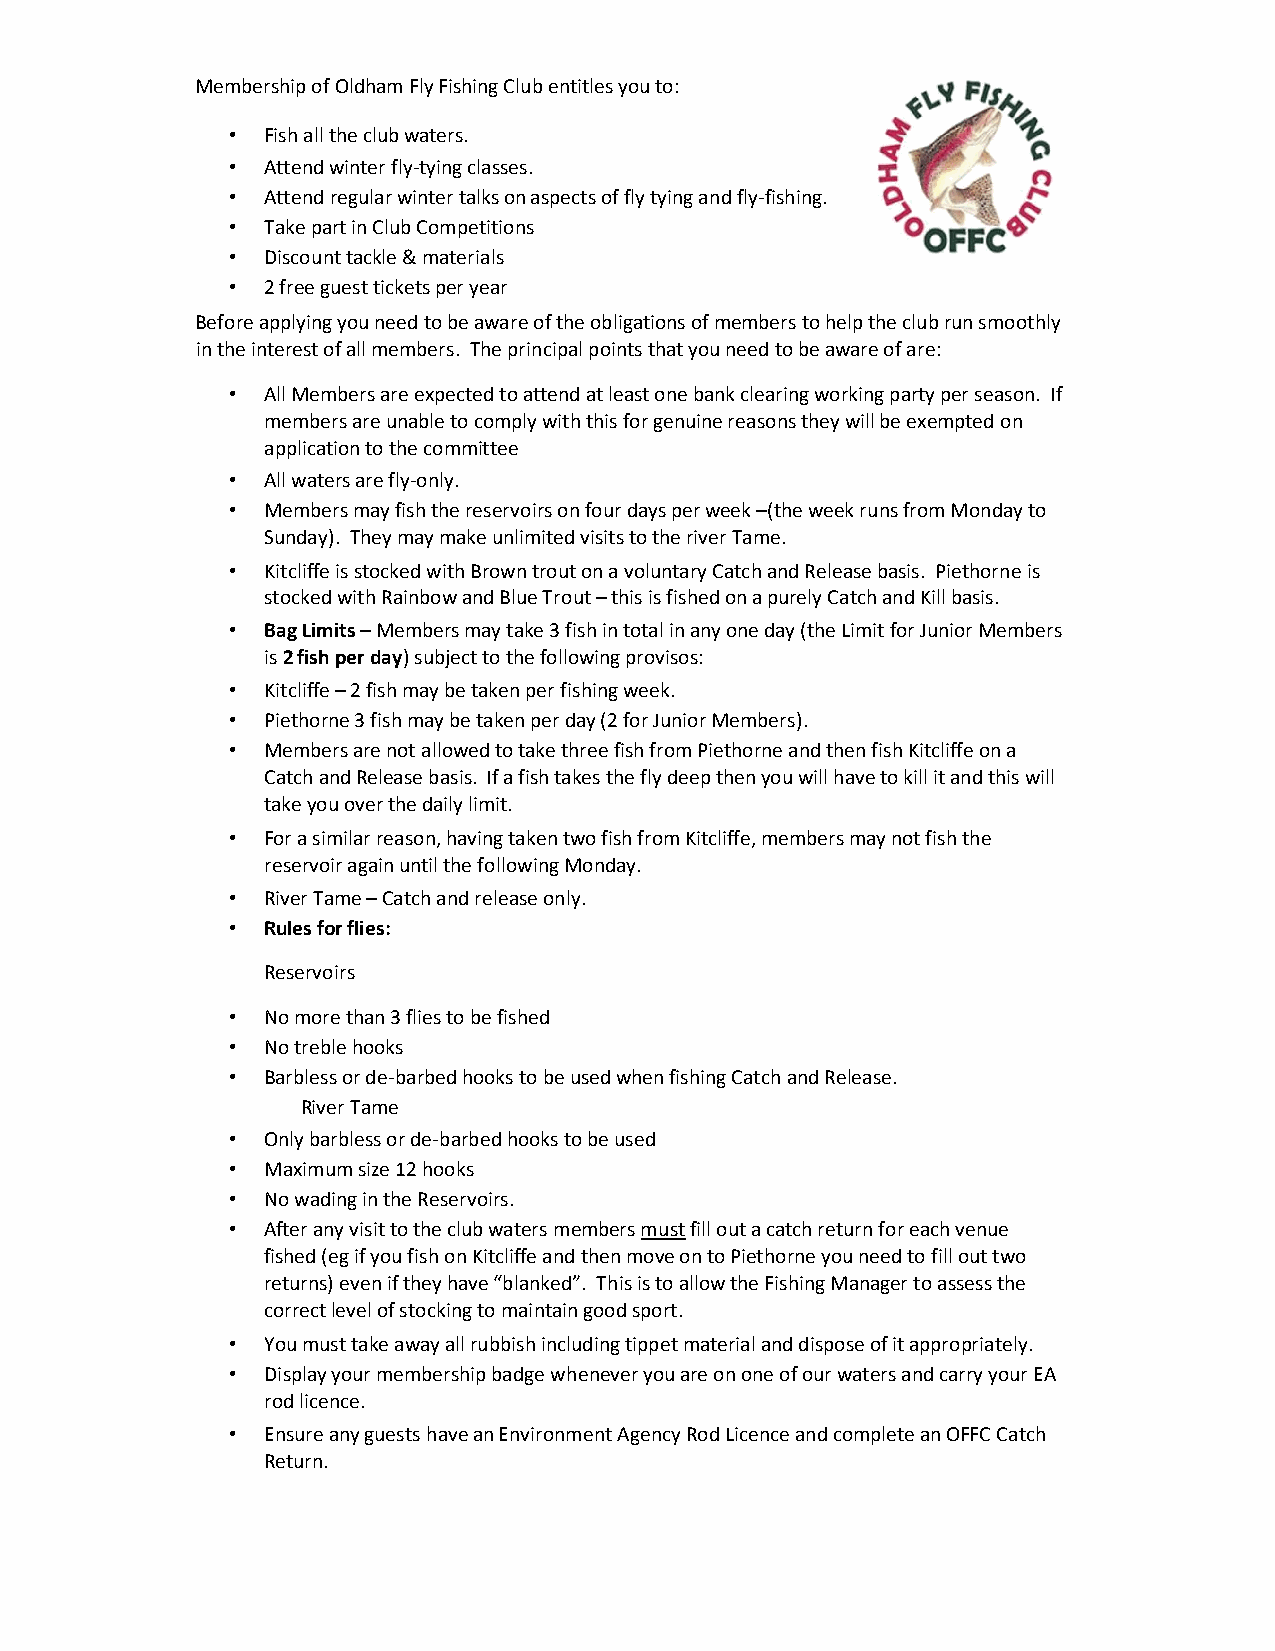
Membership of Oldham Fly Fishing Club entitles you to:
 • Fish all the club waters.
 • Attend winter fly-tying classes.
 • Attend regular winter talks on aspects of fly tying and fly-fishing.
 • Take part in Club Competitions
 • Discount tackle & materials
 • 2 free guest tickets per year
 Before applying you need to be aware of the obligations of members to help the club run smoothly
 in the interest of all members. The principal points that you need to be aware of are:
 • All Members are expected to attend at least one bank clearing working party per season. If
 members are unable to comply with this for genuine reasons they will be exempted on
 application to the committee
 • All waters are fly-only.
 • Members may fish the reservoirs on four days per week –(the week runs from Monday to
 Sunday). They may make unlimited visits to the river Tame.
 • Kitcliffe is stocked with Brown trout on a voluntary Catch and Release basis. Piethorne is
 stocked with Rainbow and Blue Trout – this is fished on a purely Catch and Kill basis.
 • Bag Limits – Members may take 3 fish in total in any one day (the Limit for Junior Members
 is 2 fish per day) subject to the following provisos:
 • Kitcliffe – 2 fish may be taken per fishing week.
 • Piethorne 3 fish may be taken per day (2 for Junior Members).
 • Members are not allowed to take three fish from Piethorne and then fish Kitcliffe on a
 Catch and Release basis. If a fish takes the fly deep then you will have to kill it and this will
 take you over the daily limit.
 • For a similar reason, having taken two fish from Kitcliffe, members may not fish the
 reservoir again until the following Monday.
 • River Tame – Catch and release only.
 • Rules for flies:
 Reservoirs
 • No more than 3 flies to be fished
 • No treble hooks
 • Barbless or de-barbed hooks to be used when fishing Catch and Release.
 River Tame
 • Only barbless or de-barbed hooks to be used
 • Maximum size 12 hooks
 • No wading in the Reservoirs.
 • After any visit to the club waters members must fill out a catch return for each venue
 fished (eg if you fish on Kitcliffe and then move on to Piethorne you need to fill out two
 returns) even if they have “blanked”. This is to allow the Fishing Manager to assess the
 correct level of stocking to maintain good sport.
 • You must take away all rubbish including tippet material and dispose of it appropriately.
 • Display your membership badge whenever you are on one of our waters and carry your EA
 rod licence.
 • Ensure any guests have an Environment Agency Rod Licence and complete an OFFC Catch
 Return.